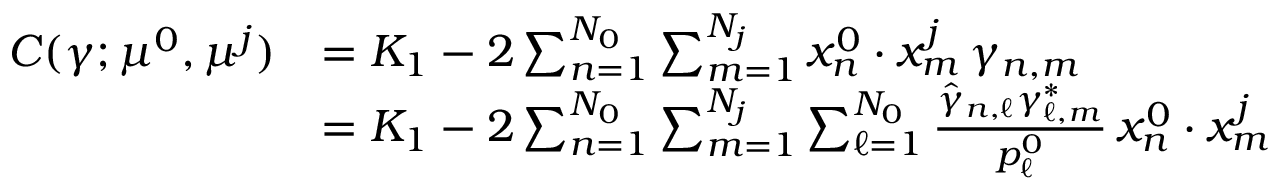
\begin{array} { r l } { C ( \gamma ; \mu ^ { 0 } , \mu ^ { j } ) } & { = K _ { 1 } - 2 \sum _ { n = 1 } ^ { N _ { 0 } } \sum _ { m = 1 } ^ { N _ { j } } x _ { n } ^ { 0 } \cdot x _ { m } ^ { j } \, \gamma _ { n , m } } \\ & { = K _ { 1 } - 2 \sum _ { n = 1 } ^ { N _ { 0 } } \sum _ { m = 1 } ^ { N _ { j } } \sum _ { \ell = 1 } ^ { N _ { 0 } } \frac { \hat { \gamma } _ { n , \ell } \gamma _ { \ell , m } ^ { * } } { p _ { \ell } ^ { 0 } } \, x _ { n } ^ { 0 } \cdot x _ { m } ^ { j } } \end{array}